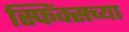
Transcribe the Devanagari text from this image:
स्फिंक्सच्या